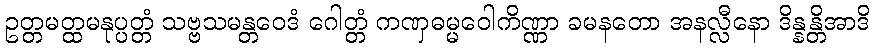
ဥတ္တမတ္ထမနုပ္ပတ္တံ သဗ္ဗသမန္တဝေဒံ ဂေါတ္တံ ကဏှဓမ္မဝေါကိဏ္ဏာ ခမနတော အနလ္လီနော ဒိန္နန္တိအာဒိ